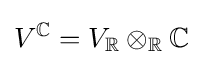
V^{\mathbb {C} }=V_{\mathbb {R} }\otimes _{\mathbb {R} }\mathbb {C}